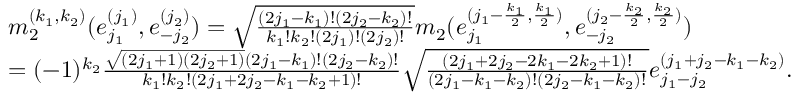
\begin{array} { r l } & { m _ { 2 } ^ { ( k _ { 1 } , k _ { 2 } ) } ( e _ { j _ { 1 } } ^ { ( j _ { 1 } ) } , e _ { - j _ { 2 } } ^ { ( j _ { 2 } ) } ) = \sqrt { \frac { ( 2 j _ { 1 } - k _ { 1 } ) ! ( 2 j _ { 2 } - k _ { 2 } ) ! } { k _ { 1 } ! k _ { 2 } ! ( 2 j _ { 1 } ) ! ( 2 j _ { 2 } ) ! } } m _ { 2 } ( e _ { j _ { 1 } } ^ { ( j _ { 1 } - \frac { k _ { 1 } } { 2 } , \frac { k _ { 1 } } { 2 } ) } , e _ { - j _ { 2 } } ^ { ( j _ { 2 } - \frac { k _ { 2 } } { 2 } , \frac { k _ { 2 } } { 2 } ) } ) } \\ & { = ( - 1 ) ^ { k _ { 2 } } \frac { \sqrt { ( 2 j _ { 1 } + 1 ) ( 2 j _ { 2 } + 1 ) } ( 2 j _ { 1 } - k _ { 1 } ) ! ( 2 j _ { 2 } - k _ { 2 } ) ! } { k _ { 1 } ! k _ { 2 } ! ( 2 j _ { 1 } + 2 j _ { 2 } - k _ { 1 } - k _ { 2 } + 1 ) ! } \sqrt { \frac { ( 2 j _ { 1 } + 2 j _ { 2 } - 2 k _ { 1 } - 2 k _ { 2 } + 1 ) ! } { ( 2 j _ { 1 } - k _ { 1 } - k _ { 2 } ) ! ( 2 j _ { 2 } - k _ { 1 } - k _ { 2 } ) ! } } e _ { j _ { 1 } - j _ { 2 } } ^ { ( j _ { 1 } + j _ { 2 } - k _ { 1 } - k _ { 2 } ) } . } \end{array}